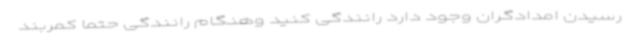
رسیدن امدادگران وجود دارد رانندگی کنید وهنگام رانندگی حتماً کمربند